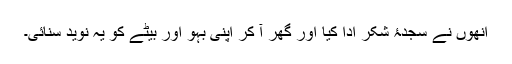
انھوں نے سجدۂ شکر ادا کیا اور گھر آ کر اپنی بہو اور بیٹے کو یہ نوید سنائی۔